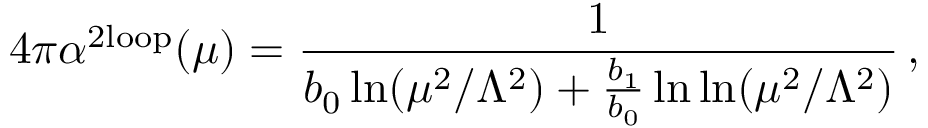
4 \pi \alpha ^ { \mathrm { 2 l o o p } } ( \mu ) = \frac { 1 } { b _ { 0 } \ln ( \mu ^ { 2 } / \Lambda ^ { 2 } ) + \frac { b _ { 1 } } { b _ { 0 } } \ln \ln ( \mu ^ { 2 } / \Lambda ^ { 2 } ) } \, ,